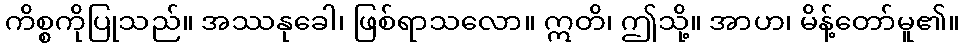
ကိစ္စကိုပြုသည်။ အဿနုခေါ၊ ဖြစ်ရာသလော။ ဣတိ၊ ဤသို့။ အာဟ၊ မိန့်တော်မူ၏။